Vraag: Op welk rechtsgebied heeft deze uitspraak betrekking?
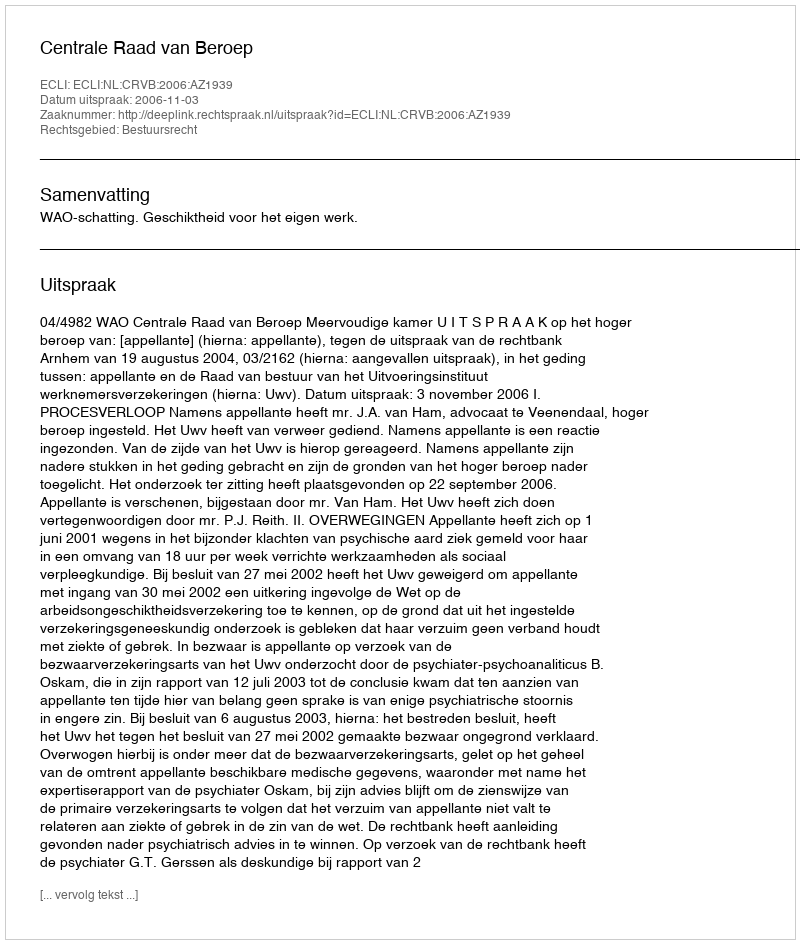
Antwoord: Bestuursrecht